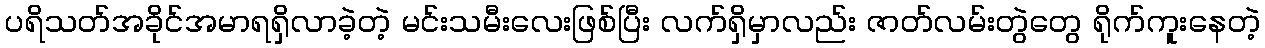
ပရိသတ်အခိုင်အမာရရှိလာခဲ့တဲ့ မင်းသမီးလေးဖြစ်ပြီး လက်ရှိမှာလည်း ဇာတ်လမ်းတွဲတွေ ရိုက်ကူးနေတဲ့